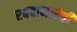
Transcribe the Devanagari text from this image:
रबदानसेची